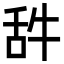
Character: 𦧋